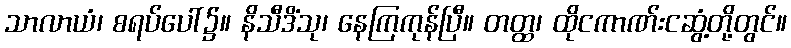
သာလာယံ၊ စရပ်ပေါ်၌။ နိသီဒိံသု၊ နေကြကုန်ပြီ။ တတ္ထ၊ ထိုငကာဏ်းငဆွံ့တို့တွင်။